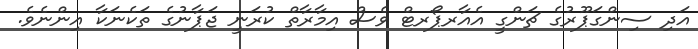
އަދި ސިންގަޕޫރުގެ ޗަންގީ އެއާރޕޯރޓް ވެސް އިމާރާތް ކުރަނީ ޖަޕާނުގެ ތަކެނަކާ އިންނެވެ.